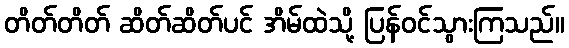
တိတ်တိတ် ဆိတ်ဆိတ်ပင် အိမ်ထဲသို့ ပြန်ဝင်သွားကြသည်။